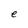
Character: e